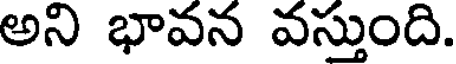
అని భావన వస్తుంది.